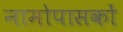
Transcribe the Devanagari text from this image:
नामोपासकों